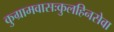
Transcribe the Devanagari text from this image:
कुग्रामवासःकुलहिनसेवा